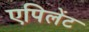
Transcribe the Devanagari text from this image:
एपिलेंट